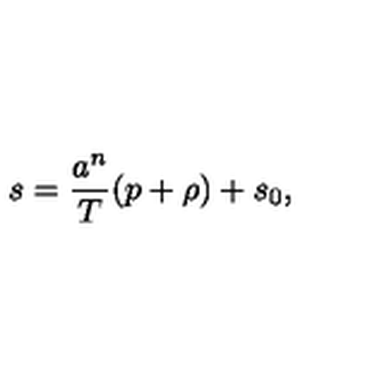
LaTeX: s = { \frac { a ^ { n } } { T } } ( p + \rho ) + s _ { 0 } ,